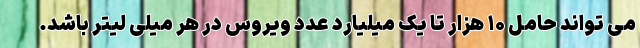
می تواند حامل ۱۰ هزار تا یک میلیارد عدد ویروس در هر میلی لیتر باشد.